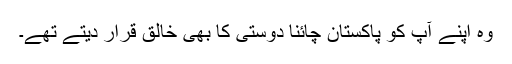
وہ اپنے آپ کو پاکستان چائنا دوستی کا بھی خالق قرار دیتے تھے۔